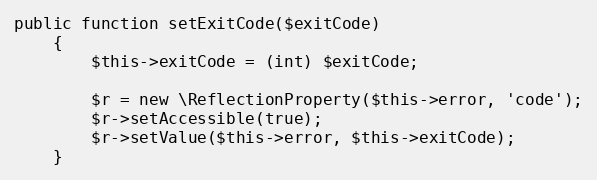
Language: PHP
public function setExitCode($exitCode)
    {
        $this->exitCode = (int) $exitCode;

        $r = new \ReflectionProperty($this->error, 'code');
        $r->setAccessible(true);
        $r->setValue($this->error, $this->exitCode);
    }